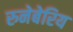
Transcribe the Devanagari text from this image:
रुनेबेरिय